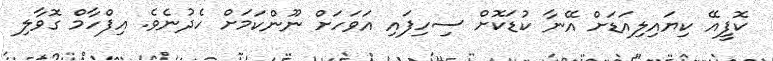
ކޮފީއޭ ކިޔައިލިއަޑަށް އޭނާ ކުޑަކޮށް ސިހިފައި އަވަހަށް ނޫންކަމަށް ހެދުނެވެ. އިފްހާމް ގޮވާލި